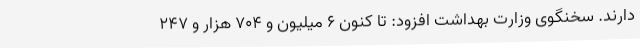
دارند. سخنگوی وزارت بهداشت افزود: تا کنون 6 میلیون و 704 هزار و 247